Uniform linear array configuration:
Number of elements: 24
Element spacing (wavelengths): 0.5
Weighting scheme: blackman
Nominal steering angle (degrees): -60
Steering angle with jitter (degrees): -59.095
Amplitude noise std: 0.05
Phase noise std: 0.05

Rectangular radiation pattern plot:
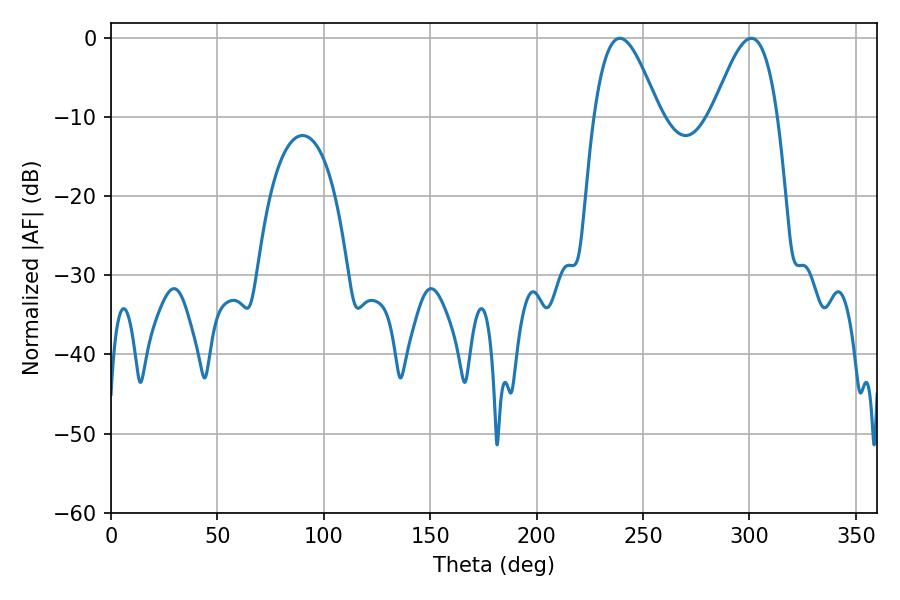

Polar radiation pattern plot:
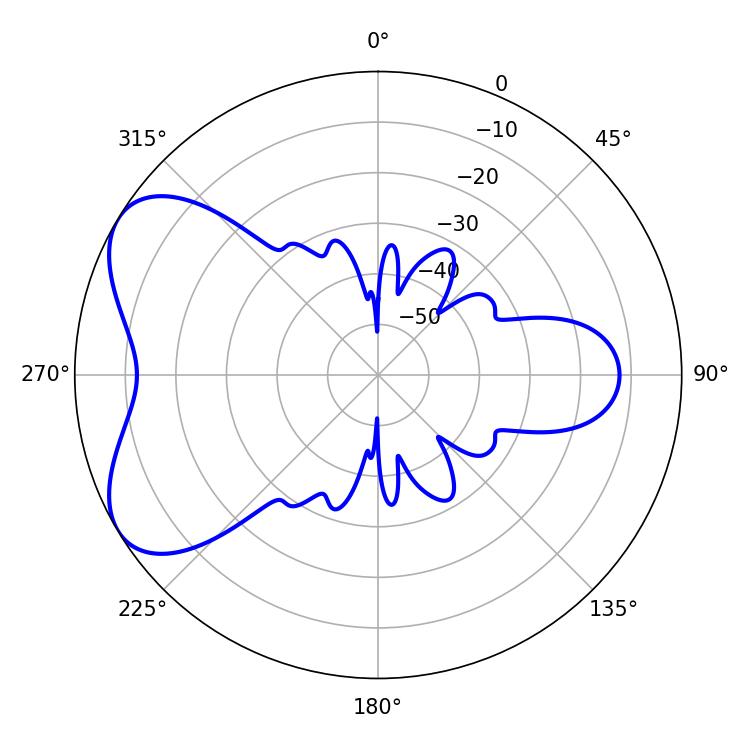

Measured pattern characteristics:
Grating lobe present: FALSE
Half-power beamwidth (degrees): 16.38
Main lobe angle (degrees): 239.04